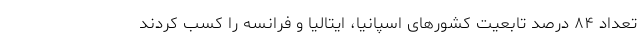
تعداد ۸۴ درصد تابعیت کشورهای اسپانیا، ایتالیا و فرانسه را کسب کردند